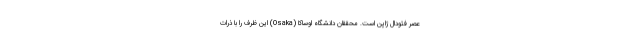
عصر فئودال ژاپن است. محققان دانشگاه اوساکا (Osaka) این ظرف را با ذرات